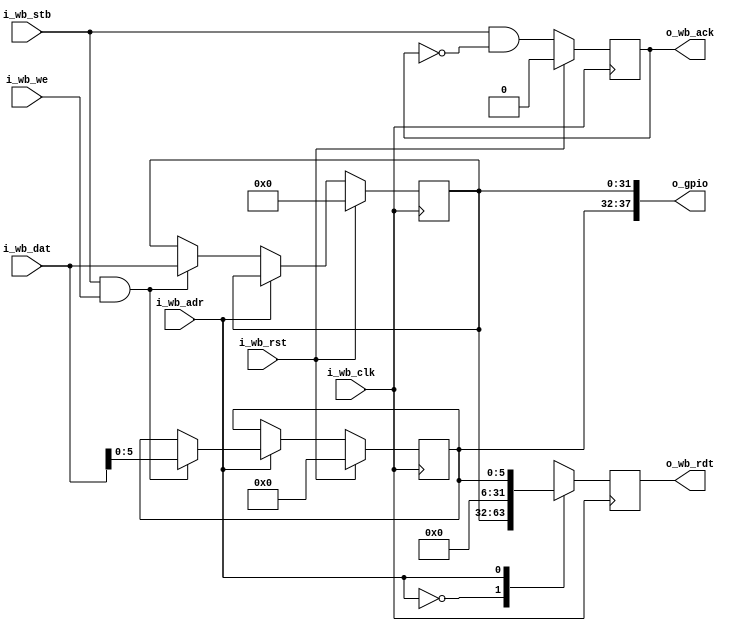
/*
 * subservient_gpio.v : Single-bit GPIO for the subservient SoC
 *
 * SPDX-FileCopyrightText: 2021 Olof Kindgren <olof.kindgren@gmail.com>
 * SPDX-License-Identifier: Apache-2.0
 */

module subservient_gpio
(   input wire i_wb_clk,
    input wire i_wb_rst,
    input wire i_wb_adr,
    input wire [31:0] i_wb_dat,
    input wire i_wb_we,
    input wire i_wb_stb,
    output reg [31:0] o_wb_rdt,
    output reg o_wb_ack,
    output [37:0] o_gpio);

    reg [31:0] gpio_0;
    reg [5:0] gpio_1;
    assign o_gpio ={gpio_1,gpio_0};
    always @(posedge i_wb_clk) begin
        o_wb_ack <= i_wb_stb & !o_wb_ack;
        case(i_wb_adr)
                1'b0: begin
                    o_wb_rdt <= gpio_0;
                    if(i_wb_stb & i_wb_we)
                        gpio_0 <= i_wb_dat;
                end
                1'b1: begin
                    o_wb_rdt <= {26'b0,gpio_1};
                    if(i_wb_stb & i_wb_we)
                        gpio_1 <= i_wb_dat[5:0];
                end
        endcase
        if (i_wb_rst) begin
            o_wb_ack <= 1'b0;
            gpio_0   <= 32'b0;
            gpio_1   <= 6'b0;
        end
    end
endmodule